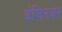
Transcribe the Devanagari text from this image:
इंजिनयर